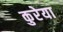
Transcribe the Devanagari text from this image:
कुरेया